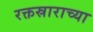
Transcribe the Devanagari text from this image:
रक्तस्राराच्या